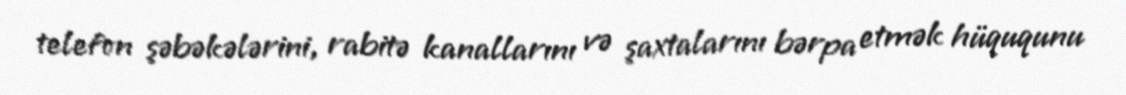
telefon şəbəkələrini, rabitə kanallarını və şaxtalarını bərpa etmək hüququnu